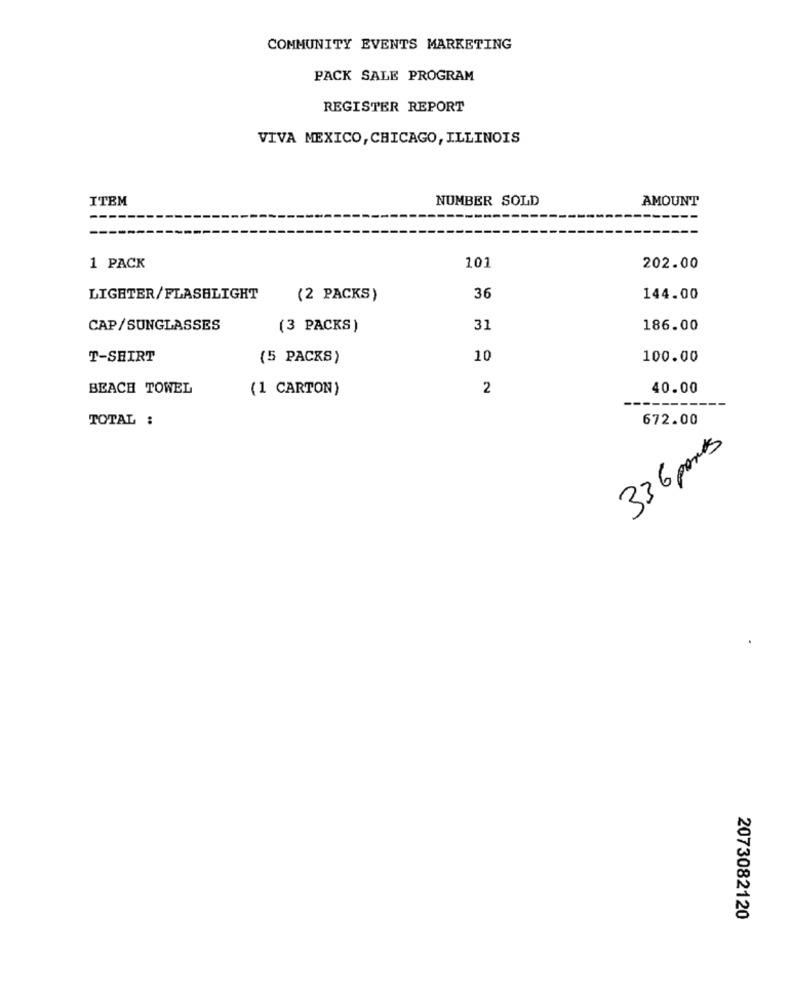
COMMUNITY EVENTS MARKETING
PACK SALE PROGRAM
REGISTER REPORT
VIVA MEXICO, CHICAGO, ILLINOIS
ITEM
NUMBER SOLD
AMOUNT
1 PACK
101
202.00
LIGETER/FLASHLIGHT
(2 PACKS)
36
144.00
CAP /SUNGLASSES
(3 PACKS)
31
186.00
T-SHIRT
(5 PACKS)
10
100.00
BEACH TOWEL
(1 CARTON)
2
40.00
TOTAL :
672.00
336 parts
2073082120